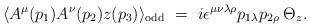
LaTeX: \begin{align*}\langle A^{\mu}(p_1)A^{\nu}(p_2)z(p_3)\rangle_{\rm odd} ~=~i\epsilon^{\mu\nu\lambda\rho}p_{1\lambda}p_{2\rho}\:\Theta_z.\end{align*}